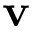
{ \bf v }